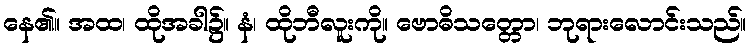
နေ၏။ အထ၊ ထိုအခါ၌။ နံ၊ ထိုဘီလူးကို။ ဗောဓိသတ္တော၊ ဘုရားလောင်းသည်။